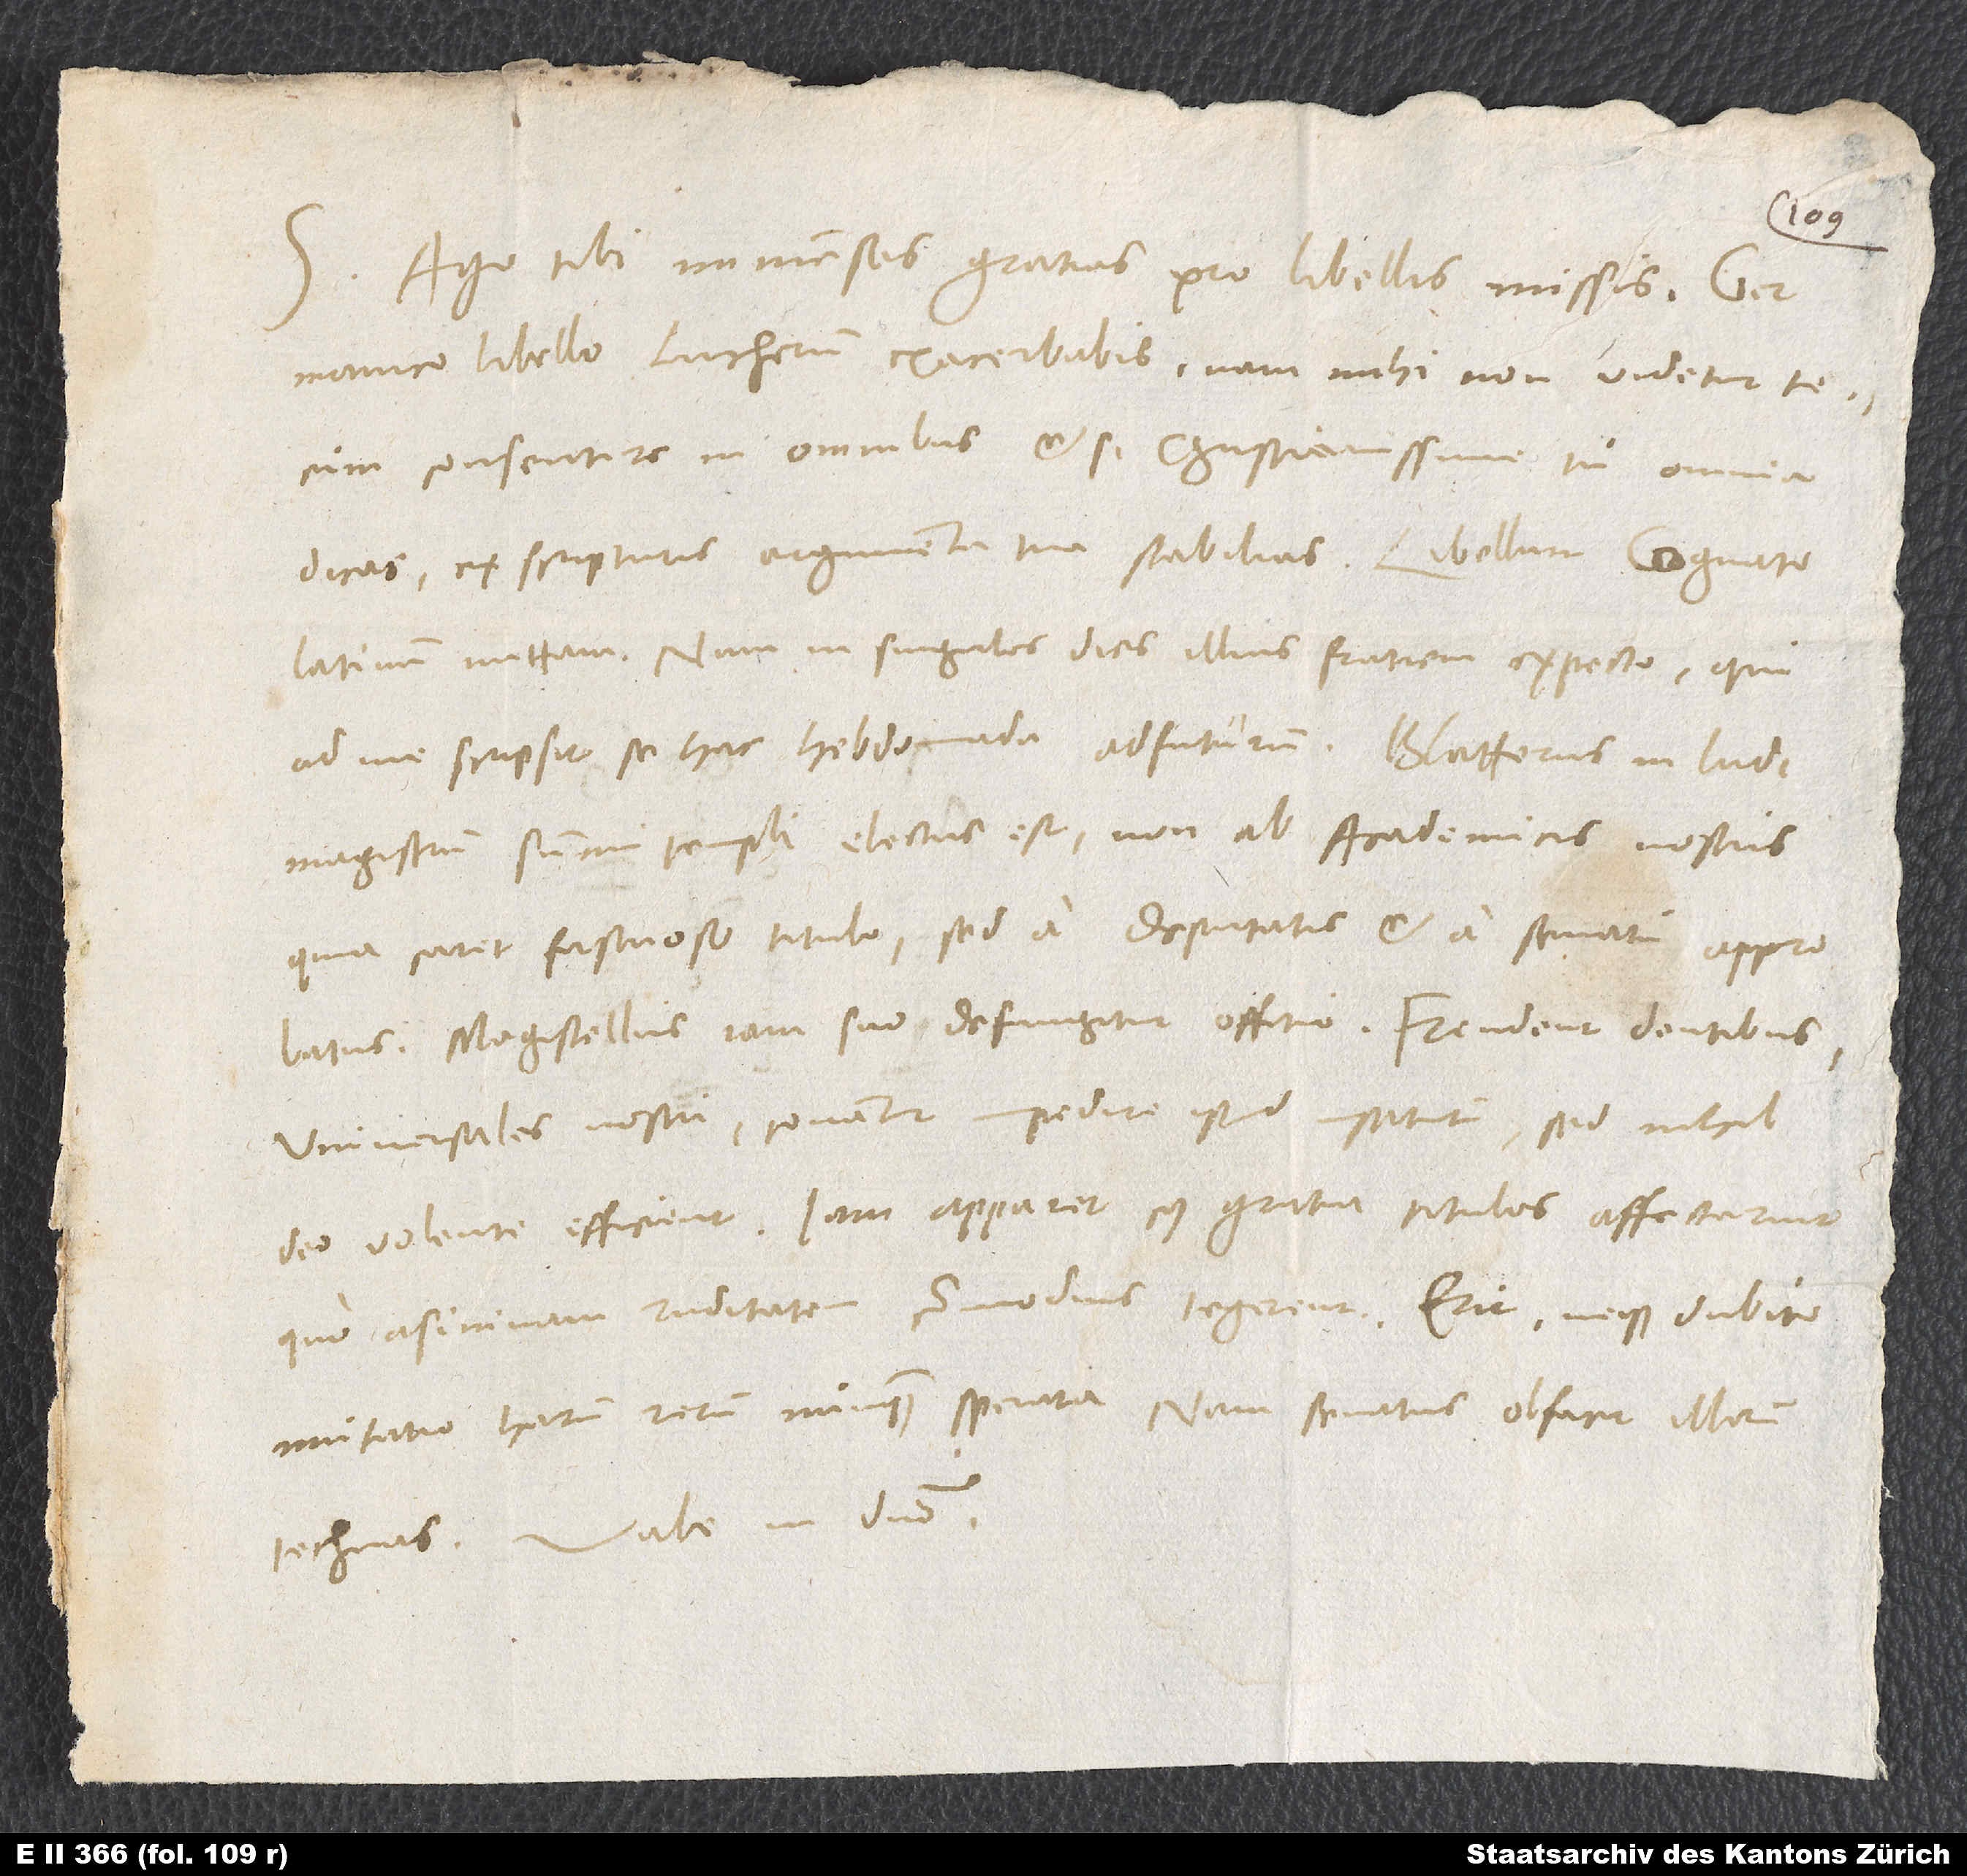
S. Ago tibi immensas gratias pro libellis missis.
Germanico libello Lutherum exacerbabis; nam mihi non videtur tecum
consentire in omnibus, etsi christianissime tu omnia
dicas et scripturis argumenta tua stabilias. Libellum Cognato
Latinum mittam; nam in singulos dies illius fratrem expecto, qui
ad me scripsit se hac hebdomada adfuturum.
ludimagistrum summi templi electus est, non ab academicis nostris,
quia caret fastuoso titulo, sed a deputatis et a senatu approbatus.
Magistellus iam suo defungitur officio. Frendent dentibus
universales nostri, conantur impedire istud institutum, sed nihil
deo volente efficient. Iam apparet, cuius gratia titulos affectarint:
quo asininam ruditatem commodius tegerent. Erit, neque dubito,
mutatio harum rerum nunquam sperata; nam senatus olfacit illorum
Vale in domino.